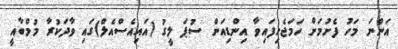
އަންނަ މަހު ފެށުމަށް ހަމަޖެހިފައިވާ އިންޑިއަން ސުޕަ ލީގު (އައިއެސްއެލް)ގައި ވާދަކުރާ މުމްބާއީ